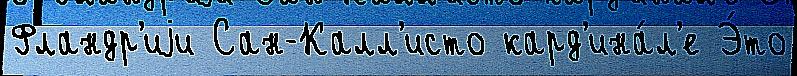
Фландр'иjи Сан-Калл'исто кард'ина́л'е Э́то